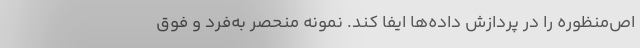
اص‌منظوره را در پردازش داده‌ها ایفا کند. نمونه منحصر به‌فرد و فوق